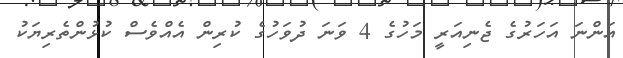
އަންނަ އަހަރުގެ ޖެނިއަރީ މަހުގެ 4 ވަނަ ދުވަހުގެ ކުރިން އެއްވެސް ކުޅުންތެރިޔަކު